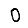
Digit: 0